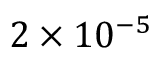
2 \times 1 0 ^ { - 5 }